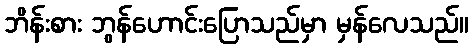
ဘိန်းစား ဘွန်ဟောင်းပြောသည်မှာ မှန်လေသည်။